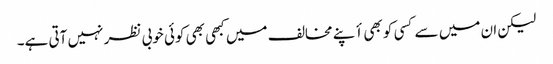
لیکن ان میں سے کسی کو بھی أپنے مخالف میں کبھی بھی کوئی خوبی نظر نہیں آتی ہے۔